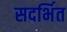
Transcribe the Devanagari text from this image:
सदर्भित